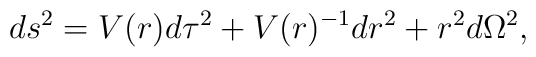
ds^2 = V(r) d\tau^2 + V(r)^{-1} dr^2 + r^2 d\Omega^2,